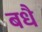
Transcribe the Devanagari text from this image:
बधै